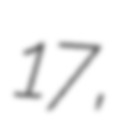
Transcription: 17,